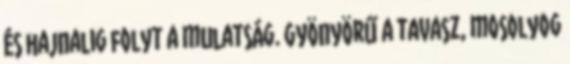
és hajnalig folyt a mulatság. Gyönyörű a tavasz, mosolyog